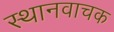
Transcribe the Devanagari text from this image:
स्थानवाचक